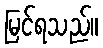
မြင်ရသည်။